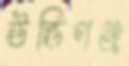
উন্ডিগঞ্জ